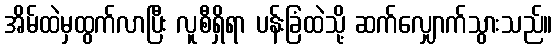
အိမ်ထဲမှထွက်လာပြီး လူစီရှိရာ ပန်းခြံထဲသို့ ဆက်လျှောက်သွားသည်။